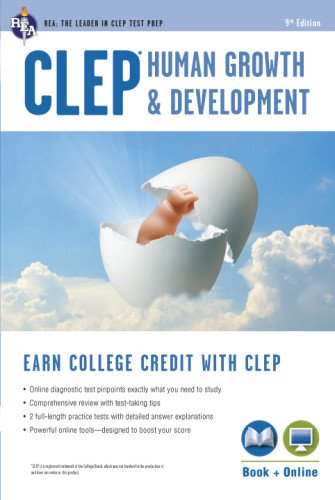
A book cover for CLEPÂ® Human Growth & Development Book + Online (CLEP Test Preparation); Patricia Heindel PhD; Test Preparation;